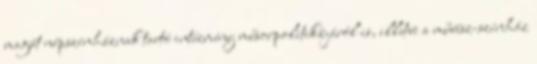
magát népszínháznak tartó intézmény műsorpolitikájáról is, illetve a művész-színház